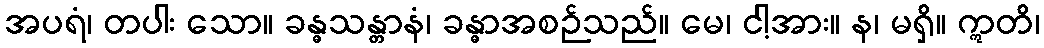
အပရံ၊ တပါး သော။ ခန္ဓသန္တာနံ၊ ခန္ဓာအစဉ်သည်။ မေ၊ ငါ့အား။ န၊ မရှိ။ ဣတိ၊